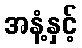
အနံ့နှင့်